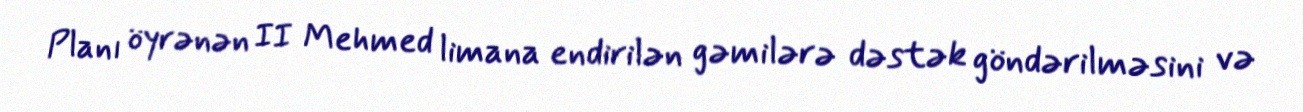
Planı öyrənən II Mehmed limana endirilən gəmilərə dəstək göndərilməsini və